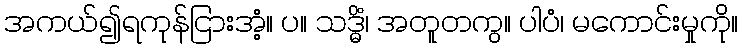
အကယ်၍ရကုန်ငြားအံ့။ ပ။ သဒ္ဓိံ၊ အတူတကွ။ ပါပံ၊ မကောင်းမှုကို။